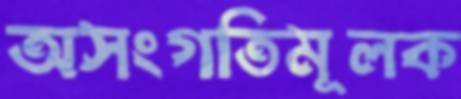
অসংগতিমূলক